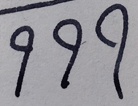
9 9 9